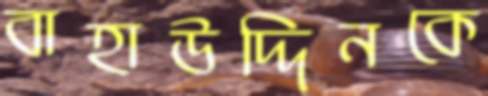
বাহাউদ্দিনকে